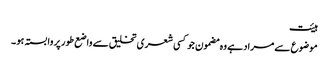
ہیئت
موضوع سے مراد ہے وہ مضمون جو کسی شعری تخلیق سے واضع طور پر وابستہ ہو ۔